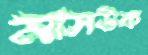
মাসউক